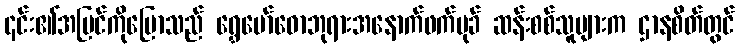
၎င်း၏အမြင်ကိုပြောသည် ရွှေမော်ဓောဘုရားအနောက်ဖက်မုခ် ဆန်းစစ်သူများက ဌာနစိတ်တွင်